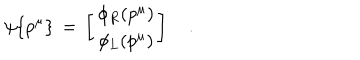
LaTeX: \psi \{ p ^ { \mu } \} \, = \, \left[ \begin{array} { c } { { \phi _ { R } ( p ^ { \mu } ) } } \\ { { \phi _ { L } ( p ^ { \mu } ) } } \\ \end{array} \right] \quad .